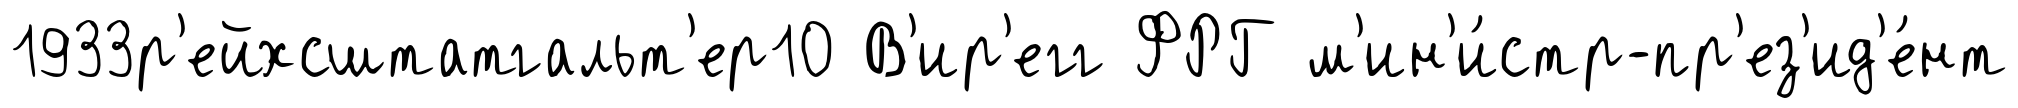
1933р'ейхсштатгальт'ер10 В'ир'егг ФРГ м'ин'и́стр-пр'ез'ид'е́нт